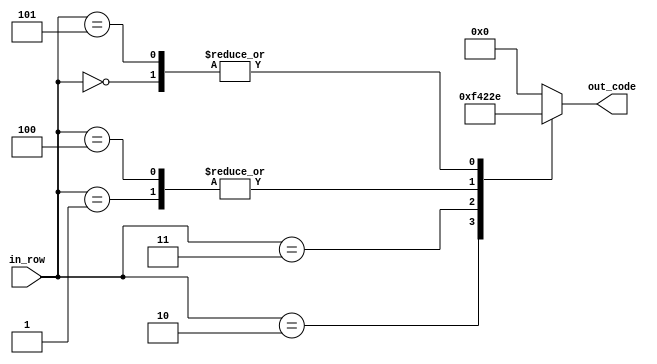
module num_9(
    input [2:0] in_row,
    output reg [4:0] out_code
    );

parameter [4:0] d_0 = 5'b01110; //  XXX
parameter [4:0] d_1 = 5'b10001; // X   X
parameter [4:0] d_2 = 5'b11110; // XXXX 
parameter [4:0] d_3 = 5'b10000; // X


always @ *
begin
	case (in_row)
		3'b000:
			out_code = d_0;
		3'b001:
			out_code = d_1;
		3'b010:
			out_code = d_2;
		3'b011:
			out_code = d_3;
		3'b100:
			out_code = d_1;
		3'b101:
			out_code = d_0;
		default:
			out_code = 5'b0;
	endcase
end


endmodule